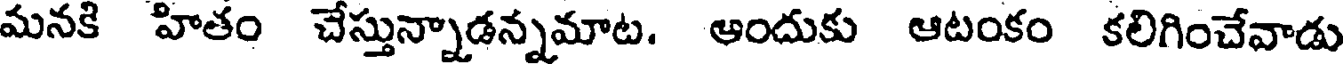
మనకి హితం చేస్తున్నాడన్నమాట. ఆందుకు ఆటంకం కలిగించేవాడు